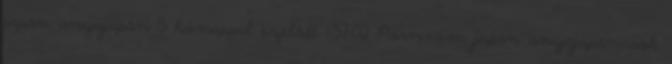
japán anyajapán 5 hónappal ezelőtt 1:57:02 Porn.com japán anyajapáncsók